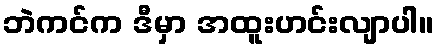
ဘဲကင်က ဒီမှာ အထူးဟင်းလျာပါ။